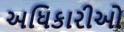
અધિકારીઓ